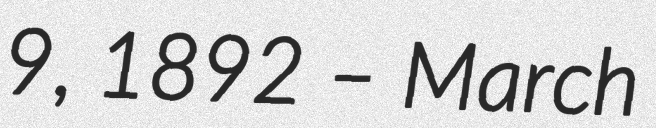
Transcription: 9, 1892 – March